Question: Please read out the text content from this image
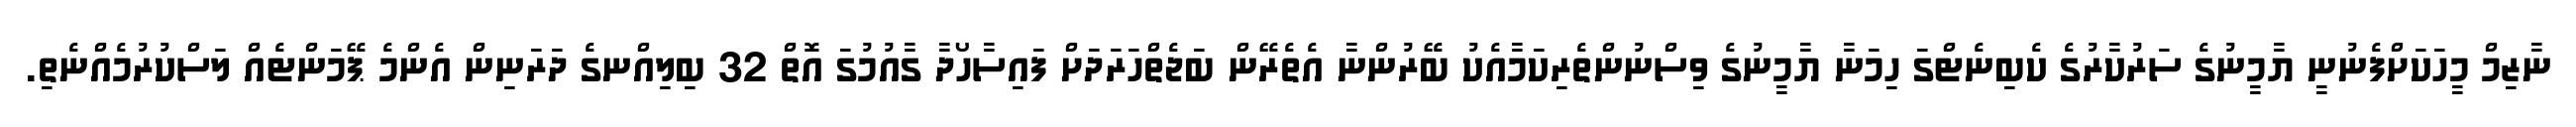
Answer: ނާޒިމް މީހަކަށްފެނުނީ ޔާމީނުގެ ސަރުކާރުގެ ކެބިނެޓްގަ ހިމަނާ ޔާމީނުގެ ވިސްނުންތެރިކަމާއެކު ބޭރުންނާ އެތެރޭން ބަޖެތްހަރަދަށް ފައިސާހޯދާ ގާއުމުގަ އޮތް 32 ބިލިއްނގެ ދަރަނިން އެންމެ ޕޭމަންޓެއް ލަސްކުރުމެއްނެތި.